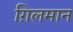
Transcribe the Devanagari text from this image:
ग़िलमान